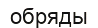
обряды